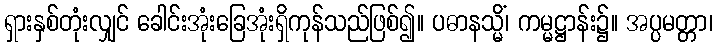
ရှားနှစ်တုံးလျှင် ခေါင်းအုံးခြေအုံးရှိကုန်သည်ဖြစ်၍။ ပဓာနသ္မိံ၊ ကမ္မဋ္ဌာန်း၌။ အပ္ပမတ္တာ၊